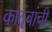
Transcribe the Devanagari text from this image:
कादंबांची